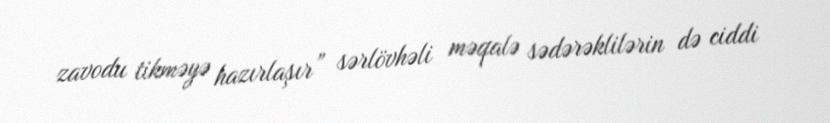
zavodu tikməyə hazırlaşır” sərlövhəli məqalə sədərəklilərin də ciddi